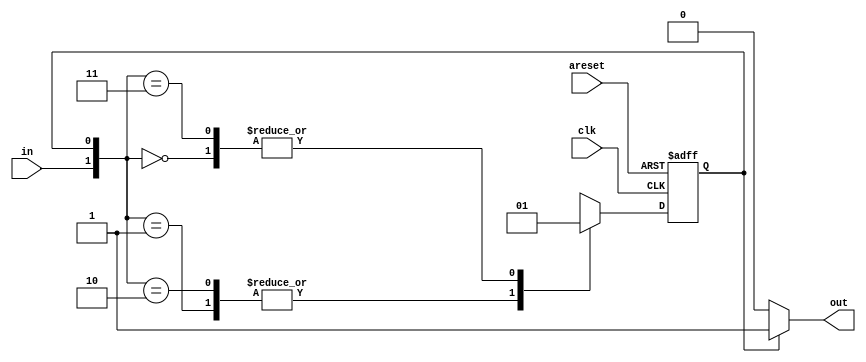
module top_module(
    input clk,
    input areset,    // Asynchronous reset to state B
    input in,
    output out);//  

    parameter A=1'b0, B=1'b1; 
    reg state, next_state;

    always @(*) begin
        case ({in,state})
            2'b00: next_state = B;
            2'b01: next_state = A;
            2'b10: next_state = A;
            2'b11: next_state = B;
        endcase
            
    end

    always @(posedge clk, posedge areset) begin
       if(areset == 1'b1)
             state <= B;
         else
             state <= next_state;

    end

    // Output logic
    assign out = (state == A)? 1'b0: 1'b1;
    

endmodule